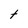
Character: t